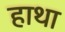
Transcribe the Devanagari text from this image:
हाथा